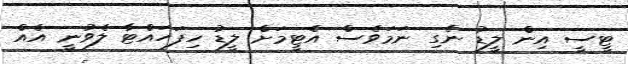
ޓީސީ އިން ލީޑު ނެގި ނަމަވެސް އެޓީމަށް ލީޑު ހިފަހައްޓާ ލެވުނީ އެއް